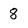
Character: 8